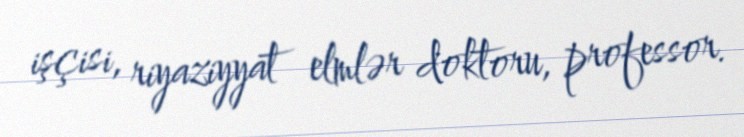
işçisi, riyaziyyat elmlər doktoru, professor.